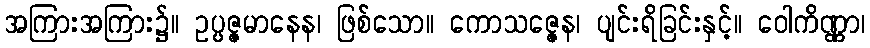
အကြားအကြား၌။ ဥပ္ပဇ္ဇမာနေန၊ ဖြစ်သော။ ကောသဇ္ဇေန၊ ပျင်းရိခြင်းနှင့်။ ဝေါကိဏ္ဏာ၊